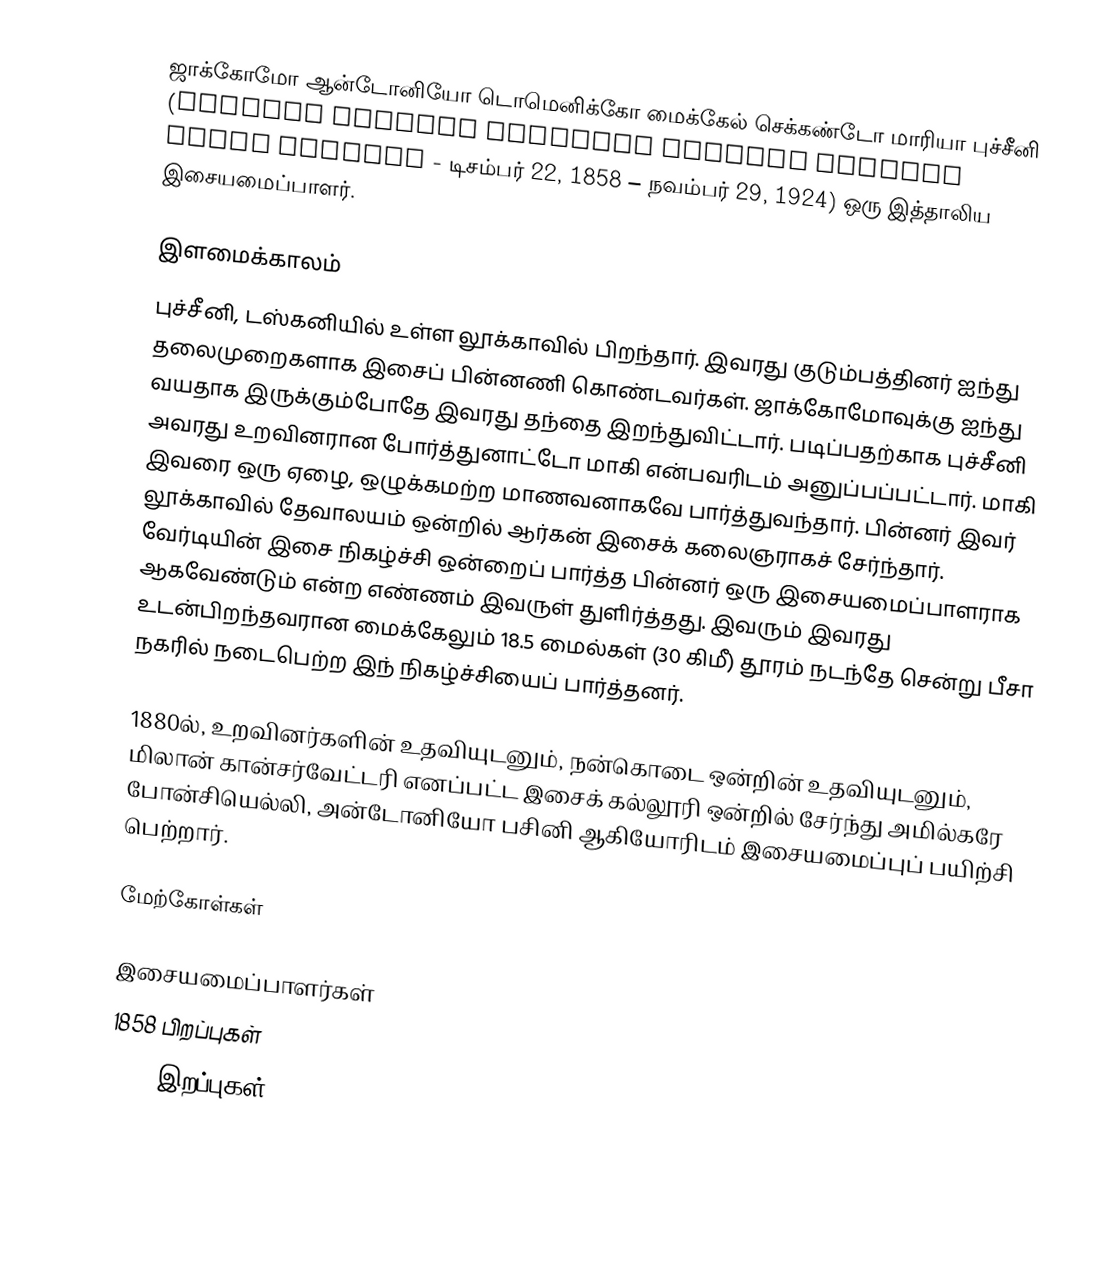
ஜாக்கோமோ ஆன்டோனியோ டொமெனிக்கோ மைக்கேல் செக்கண்டோ மாரியா புச்சீனி (Giacomo Antonio Domenico Michele Secondo Maria Puccini - டிசம்பர் 22, 1858 – நவம்பர் 29, 1924) ஒரு இத்தாலிய இசையமைப்பாளர்.

இளமைக்காலம்
புச்சீனி, டஸ்கனியில் உள்ள லூக்காவில் பிறந்தார். இவரது குடும்பத்தினர் ஐந்து தலைமுறைகளாக இசைப் பின்னணி கொண்டவர்கள். ஜாக்கோமோவுக்கு ஐந்து வயதாக இருக்கும்போதே இவரது தந்தை இறந்துவிட்டார். படிப்பதற்காக புச்சீனி அவரது உறவினரான போர்த்துனாட்டோ மாகி என்பவரிடம் அனுப்பப்பட்டார். மாகி இவரை ஒரு ஏழை, ஒழுக்கமற்ற மாணவனாகவே பார்த்துவந்தார். பின்னர் இவர் லூக்காவில் தேவாலயம் ஒன்றில் ஆர்கன் இசைக் கலைஞராகச் சேர்ந்தார். வேர்டியின் இசை நிகழ்ச்சி ஒன்றைப் பார்த்த பின்னர் ஒரு இசையமைப்பாளராக ஆகவேண்டும் என்ற எண்ணம் இவருள் துளிர்த்தது. இவரும் இவரது உடன்பிறந்தவரான மைக்கேலும் 18.5 மைல்கள் (30 கிமீ) தூரம் நடந்தே சென்று பீசா நகரில் நடைபெற்ற இந் நிகழ்ச்சியைப் பார்த்தனர்.

1880ல், உறவினர்களின் உதவியுடனும், நன்கொடை ஒன்றின் உதவியுடனும், மிலான் கான்சர்வேட்டரி எனப்பட்ட இசைக் கல்லூரி ஒன்றில் சேர்ந்து அமில்கரே போன்சியெல்லி, அன்டோனியோ பசினி ஆகியோரிடம் இசையமைப்புப் பயிற்சி பெற்றார்.

மேற்கோள்கள்

இசையமைப்பாளர்கள்
1858 பிறப்புகள்
1924 இறப்புகள்